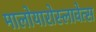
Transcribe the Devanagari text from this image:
मालोयारोस्लावेत्स